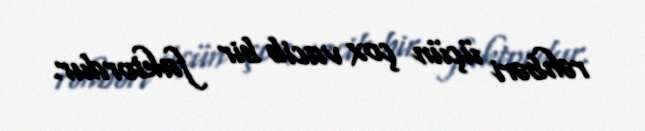
rəhbəri üçün çox vacib bir faktordur.